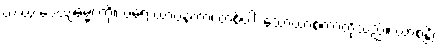
ယံ ယံ ဒေယျဓမ္မံ၊ ကို။ ပရေ ယာဝနကာ၊ တစ်ပါး သောယာစကာတို့သည်။ ယာစန္တိ၊